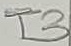
Text: T3